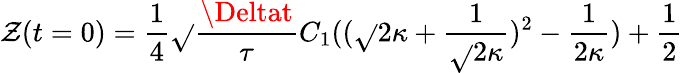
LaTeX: \mathcal{Z}(t=0)=\frac{{1}}{{4}}\sqrt{}{{\frac{{\Deltat}}{{\tau}}}}C_{1}((\sqrt{}{{2\kappa}}+\frac{{1}}{{\sqrt{}{{2\kappa}}}})^{2}-\frac{{1}}{{2\kappa}})+\frac{{1}}{{2}}